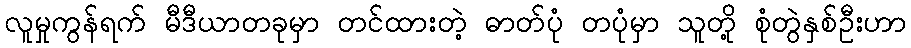
လူမှုကွန်ရက် မီဒီယာတခုမှာ တင်ထားတဲ့ ဓာတ်ပုံ တပုံမှာ သူတို့ စုံတွဲနှစ်ဦးဟာ